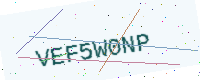
Text: VEF5W0NP